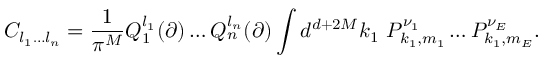
C _ { l _ { 1 } \ldots l _ { n } } = \frac { 1 } { \pi ^ { M } } Q _ { 1 } ^ { l _ { 1 } } ( \partial ) \ldots Q _ { n } ^ { l _ { n } } ( \partial ) \int d ^ { d + 2 M } k _ { 1 } ~ P _ { k _ { 1 } , m _ { 1 } } ^ { \nu _ { 1 } } \ldots P _ { k _ { 1 } , m _ { E } } ^ { \nu _ { E } } .